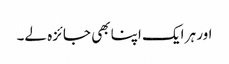
اور ہر ایک اپنا بھی جائزہ لے۔